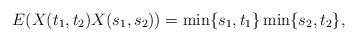
LaTeX: \begin{align*}E(X(t_1,t_2)X(s_1,s_2))=\min\{s_1,t_1\} \min\{s_2,t_2\},\end{align*}